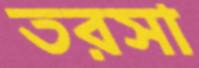
তরসা